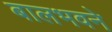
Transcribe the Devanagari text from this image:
बालभवने